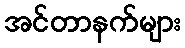
အင်တာနက်များ